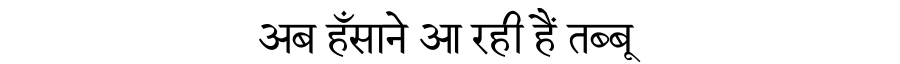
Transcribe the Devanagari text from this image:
अब हँसाने आ रही हैं तब्बू